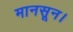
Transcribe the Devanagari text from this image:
मानसून।